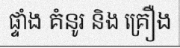
ផ្ទាំង គំនូរ និង គ្រឿង